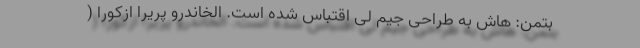
بتمن: هاش به طراحی جیم لی اقتباس شده است. الخاندرو پریرا ازکورا (